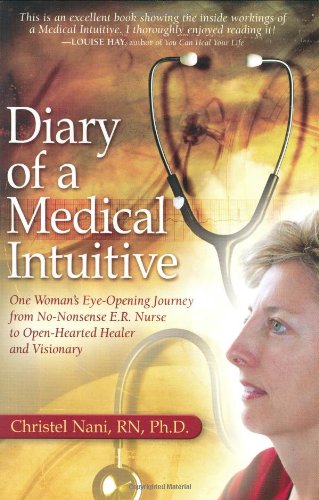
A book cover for Diary of a Medical Intuitive: One Woman's Eye-Opening Journey from No-Nonsense E.R. Nurse to Open-Hearted Healer and Visionary; Christel Nani RN  PhD; Health, Fitness & Dieting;